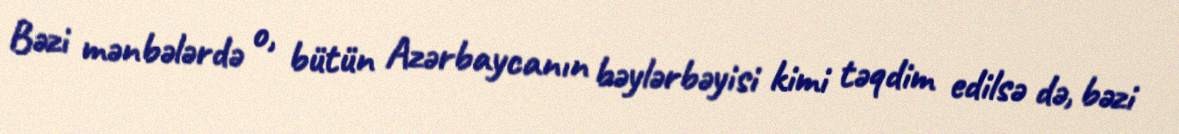
Bəzi mənbələrdə o, bütün Azərbaycanın bəylərbəyisi kimi təqdim edilsə də, bəzi